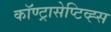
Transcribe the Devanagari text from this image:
कॉण्ट्रासेप्टिव्ह्स